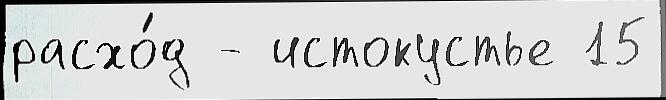
расхо́д - истокустье 15